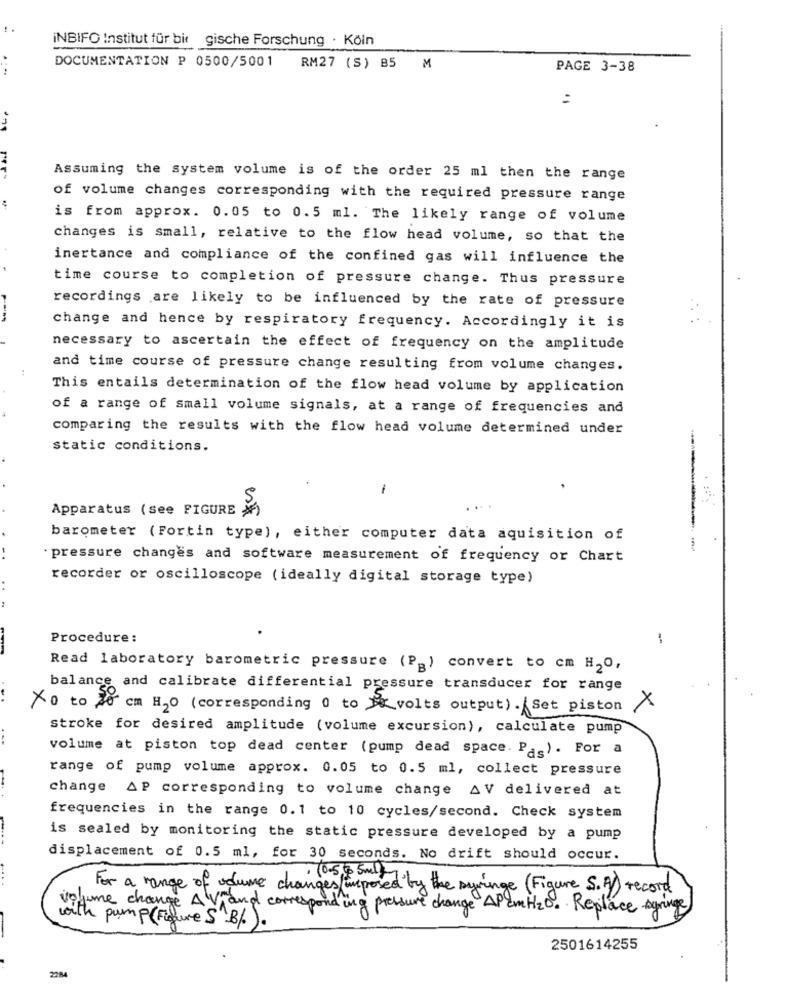
INBIFO Institut für bir gische Forschung · Köln
....
DOCUMENTATION P 0500/5001 RM27 (S) B5 M
PAGE 3-38
=
Assuming the system volume is of the order 25 ml then the range
of volume changes corresponding with the required pressure range
is from approx. 0.05 to 0.5 ml. The likely range of volume
changes is small, relative to the flow head volume, so that the
inertance and compliance of the confined gas will influence the
time course to completion of pressure change. Thus pressure
recordings are likely to be influenced by the rate of pressure
change and hence by respiratory frequency. Accordingly it is
necessary to ascertain the effect of frequency on the amplitude
and time course of pressure change resulting from volume changes.
This entails determination of the flow head volume by application
of a range of small volume signals, at a range of frequencies and
comparing the results with the flow head volume determined under
static conditions.
1
S.
Apparatus (see FIGURE )
barometer (Fortin type), either computer data aquisition of
pressure changes and software measurement of frequency or Chart
recorder or oscilloscope (ideally digital storage type)
. .
Procedure :
-
Read laboratory barometric pressure (Pg) convert to cm H2O,
balance and calibrate differential pressure transducer for range
X0 to 70 cm H2O (corresponding 0 to volts output). Set piston ×
stroke for desired amplitude (volume excursion), calculate pump
volume at piston top dead center (pump dead space. Pag). For a
range of pump volume approx. 0.05 to 0.5 ml, collect pressure
change AP corresponding to volume change AV delivered at
frequencies in the range 0.1 to 10 cycles/second. Check system
is sealed by monitoring the static pressure developed by a pump
displacement of 0.5 ml, for 30 seconds. No drift should occur.
....
For a range of dume changes imposed by the syringe ( Figure S.A) record
volume change AV and corresponding pressure change" APcmH2O. Replace syringe
with pump (Figure S"B/).
2501614255
2284